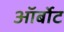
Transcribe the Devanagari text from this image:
ऑर्बोट